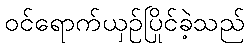
ဝင်ရောက်ယှဉ်ပြိုင်ခဲ့သည်